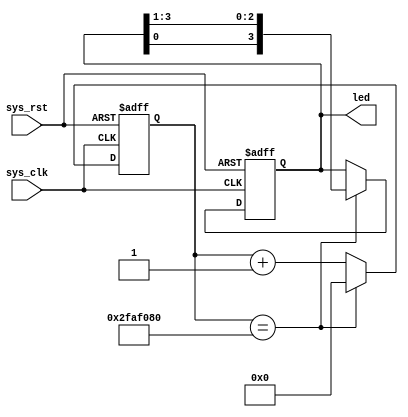
/**
*/


module blink_led(
    input wire sys_clk,
    input wire sys_rst,

    output reg[3:0] led
);
    
    initial begin
        led <= 4'b0001;
    end

    //define the time counter
    reg [32:0]      cnt = 0;
    parameter       SET_TIME = 32'd50_000_000;
    always@(posedge sys_clk or negedge sys_rst) begin
        if (sys_rst == 1'b0) begin
            cnt <= 32'd0;
            led <= 4'b0001;
        end
        else if (cnt == SET_TIME) begin
            cnt <= 32'd0;
            led <= {led[0], led[3:1]};
        end
        else begin
            cnt <= cnt + 1'd1;
        end
    end

endmodule //blink_led